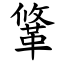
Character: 䩦